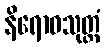
နိရောဓသုတ္တံ